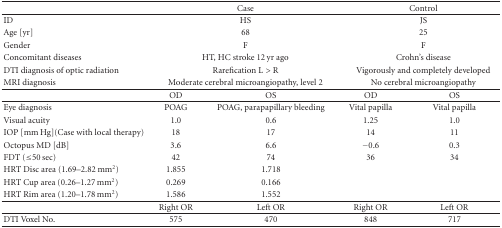
<table><thead><tr><td></td><td colspan="2"><b>Case</b></td><td colspan="2"><b>Control</b></td></tr></thead><tbody><tr><td>ID</td><td colspan="2">HS</td><td colspan="2">JS</td></tr><tr><td>Age [yr]</td><td colspan="2">68</td><td colspan="2">25</td></tr><tr><td>Gender</td><td colspan="2">F</td><td colspan="2">F</td></tr><tr><td>Concomitant diseases</td><td colspan="2">HT, HC stroke 12 yr ago</td><td colspan="2">Crohn&#x27;s disease</td></tr><tr><td>DTI diagnosis of optic radiation</td><td colspan="2">Rarefication L &gt; R</td><td colspan="2">Vigorously and completely developed</td></tr><tr><td>MRI diagnosis</td><td colspan="2">Moderate cerebral microangiopathy, level 2</td><td colspan="2">No cerebral microangiopathy</td></tr><tr><td></td><td>OD</td><td>OS</td><td>OD</td><td>OS</td></tr><tr><td>Eye diagnosis</td><td>POAG</td><td>POAG, parapapillary bleeding</td><td>Vital papilla</td><td>Vital papilla</td></tr><tr><td>Visual acuity</td><td>1.0</td><td>0.6</td><td>1.25</td><td>1.0</td></tr><tr><td>IOP [mm Hg](Case with local therapy)</td><td>18</td><td>17</td><td>14</td><td>11</td></tr><tr><td>Octopus MD [dB]</td><td>3.6</td><td>6.6</td><td>−0.6</td><td>0.3</td></tr><tr><td>FDT (≤50 sec)</td><td>42</td><td>74</td><td>36</td><td>34</td></tr><tr><td>HRT Disc area (1.69–2.82 mm<sup>2</sup>)</td><td>1.855</td><td>1.718</td><td></td><td></td></tr><tr><td>HRT Cup area (0.26–1.27 mm<sup>2</sup>)</td><td>0.269</td><td>0.166</td><td></td><td></td></tr><tr><td>HRT Rim area (1.20–1.78 mm<sup>2</sup>)</td><td>1.586</td><td>1.552</td><td></td><td></td></tr><tr><td></td><td>Right OR</td><td>Left OR</td><td>Right OR</td><td>Left OR</td></tr><tr><td>DTI Voxel No.</td><td>575</td><td>470</td><td>848</td><td>717</td></tr></tbody></table>